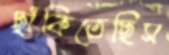
ছাঁকিতেছিস